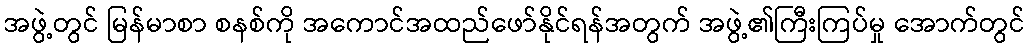
အဖွဲ့တွင် မြန်မာစာ စနစ်ကို အကောင်အထည်ဖော်နိုင်ရန်အတွက် အဖွဲ့၏ကြီးကြပ်မှု အောက်တွင်